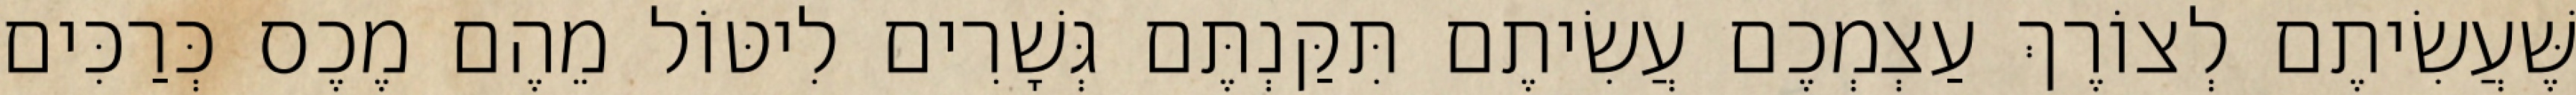
שֶּׁעֲשִׂיתֶם לְצוֹרֶךְ עַצְמְכֶם עֲשִׂיתֶם תִּקַּנְתֶּם גְּשָׁרִים לִיטּוֹל מֵהֶם מֶכֶס כְּרַכִּים